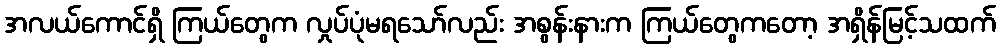
အလယ်ကောင်ရှိ ကြယ်တွေက လှုပ်ပုံမရသော်လည်း အစွန်းနားက ကြယ်တွေကတော့ အရှိန်မြင့်သထက်